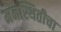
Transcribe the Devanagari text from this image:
मनस्थितीचा